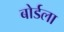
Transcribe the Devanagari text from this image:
बोर्डला